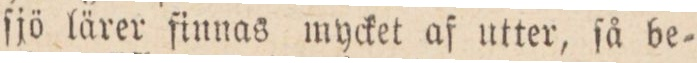
ſjö lärer ſiunas mycket af utter, ſå be=